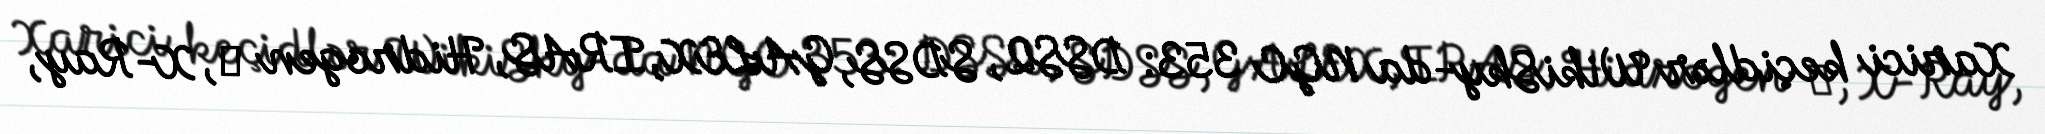
Xarici keçidlər WikiSky-da NGC 353: DSS2, SDSS, GALEX, IRAS, Hidrogen α, X-Ray,